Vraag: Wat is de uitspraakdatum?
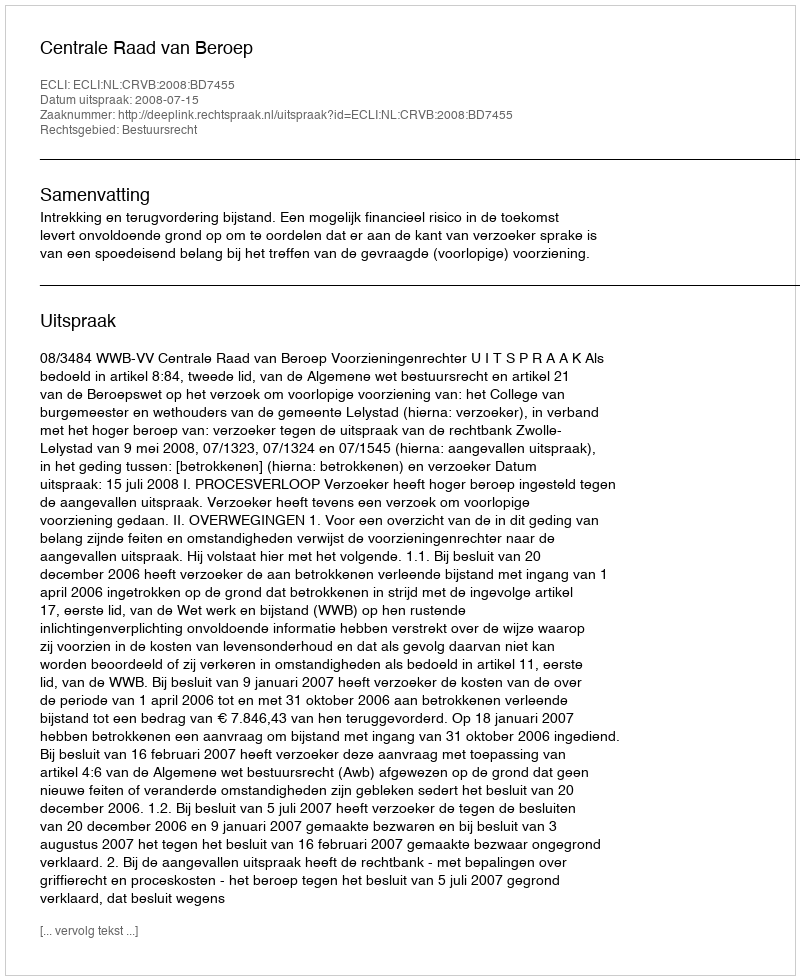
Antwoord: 2008-07-15